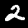
Label: 2